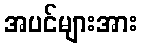
အပင်များအား